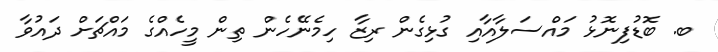
ބ. ބޮޑުފިނޮޅު މައްސަލާއާއި ގުޅިގެން ރިޒާ ހިމެނޭހެން ތިން މީހެއްގެ މައްޗަށް ދައުވާ